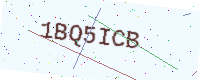
Text: 1BQ5ICB